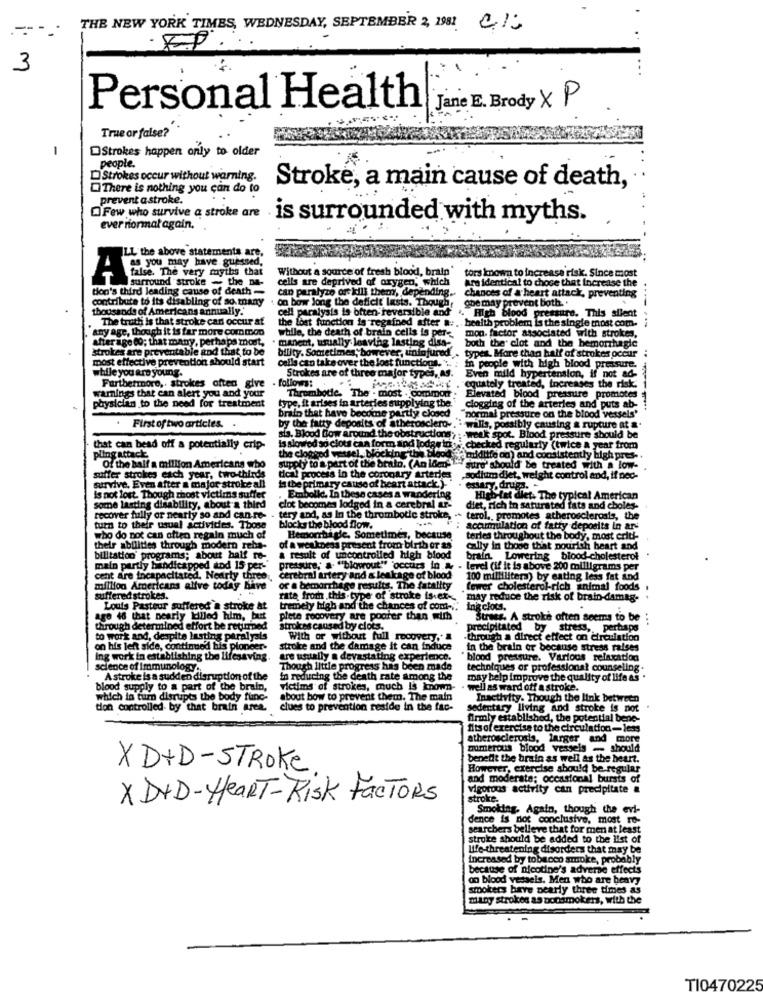
THE NEW YORK TIMES, WEDNESDAY, SEPTEMBER 2, 1981 013
E.P.
3
Personal Health
Jane E. Brody XP
True or false?
Strokes happen only to older
people.
D'Strokes occur without warning.
There is nothing you can do to
Stroke, a main cause of death,
prevent a stroke.
Few who survive a stroke are
is surrounded with myths.
ever riormat again.
LL the above statements are.
false. The very myths that
Without a source of fresh blood, brain'
you may have guessed,
surround "stroke - the na-
cells are deprived of oxygen, which
tors known to increase risk. Since most
Jon's third leading cause of death -
can paralyze or kill them, depending ..
Are identical to chose that Increase the
contribute to its disabling of so.many
on bow Jong the deficit lasts. Though,
goe may prevent both. .
chances of a heart attack, preventing
thousands of Americans annually.'
The truth is that stroke can occur af
the lost function is regained after a :, health problem is the single most com.
cell paralysis is often reversible and .. High blood pressure. This silent
-----
any age, though it is far more common
while, the death of brain cells is per-
after age 60; that many, perhaps most,
manent, usually leaving lasting diss-
mon. factor associated with strokes.
strokes are preventable and that to be
bility. Sometimes; bowever, uninjured.
both the clot and the hemorrhagic
most effective prevention should start
types. More than half of strokes occur
while you are young.
cells can take over the lost functions. .. . in people with high blood pressure.
follows:
Strokes are of three major types, AS.
Even mild hypertension, if not ad-
warnings that can alert you and your
Furthermore, strokes often give
equately treated, increases the risk.
physician to the need for treatment
type, it arises in arteries supplying the."
Thrombotic. The . most . common
Elevated blood pressure promotes
brain that have become partly closed
clogging of the arterles and puts ab-
normal pressure on the blood vessels'
. First of two articles.
by the fatty deposits of atherosclero -. - walls, possibly causing & rupture at a.
sis. Blood Bow around the obstructions, : - week spot. Blood pressure should be
that can bead off a potentially crip-
the clogged vessel, block
Is slowed so clou caa form and lodas iny
ind Todas in ye
Checked regularly (twice a year from
pling attack
Ing the blood midlife on) and consistently high pres -.
Of the half a million Americans who
supply to a part of the bralo. (An loen " sure should be treated with a low-
suffer strokes each year, two-thirds
tical process in the coronary arteries
Sodium diet, weight control and, if ned-
survive. Even after a major stroke all
to the primary cause of heart attack )-
estary, drugs .-
is not lost. Though mhost victims suffer
Embolid. In these cases a wandering
Histefat diet. The typical American
some lasting disability, about a third
clot becomes lodged in a cerebral ar-
diet, rich in saturated fats and cboles-
recover fully or nearty so and can re- - tery and, as In the thrombotic stroke, ..
turn to their usual activities. Those
blocks the blood flow.
accumulation of fatty deposits in ar-
who do not can often regain much of
Hemorrhage. Sometimes, because
terles throughout the body, most erit-
their abilities through modern reba-
of a weakness present from birth or as
Cally in those that nourish heart and
bilitation' programs; about half re-
about half re-
a result of uncontrolled high blood
brain. Lowering blood-cholesterol
main partly handicapped and 15 per-
pressure, a. ""blowout" 'occurs in a - level (if it is above 200 milligrams per
cent are incapacitated. Nearly three.
cerebral artery and & leakage of blood
100 milliliters) by eating less fat and
million Americans alive today have
or a bemorrhage results. The fatality
fewer cholesterol-rich animal foods
suffered strokes.
rate from this type of stroke is.et-
may reduce the risk of brain-damag- .
Louis Pasteur suffered a stroke at
tremely high and the chances of comt-""
ing clots.
age 46 that nearly killed him, but
plete recovery are poorer then with
Straes. A stroke often seems to be
through determined effort be returned
strokes caused by clots.
precipitated by stress, perhaps
to work and, despite lasting paralyals
With or without full recovery .!
-through a direct effect on circulation
on his left side, continued his pioneer-
stroke and the damage it can induce
in the brain or because stress raises
Ing work in establishing the lifesaving.
are usually a devastating experience.
blood pressure. Various relaxation
science of Immunology4
Though little progress has been made
techniques or professional counseling.
A stroke is a sudden disruption of the
In reducing the death rate among the
may help improve the quality of life as
blood supply to a part of the brain,
victims of strokes, much Is known-
well as ward off a stroke.
which in turn disrupts the body func-
about bow to prevent them. The main
Inactivity. Though the link between
tion controlled by that brain area.
clues to prevention reside in the fac-
Sedentary living and stroke is not
firmly established, the potential bene-
fits of exercise to the circulation- less
atherosclerosis, larger and more
primerous blood vessels - should
benefit the brain as well as the heart.
XD+D-STROKE
However, exercise should be regular
and moderate; occasional bursts of
vigorous activity can precipitate &
X DVD - HeaRT - Risk Factors
stroke-
Smoking. Again, though the evi-
dence is not conclusive, most re-
searchers believe that for men at least
stroke should be added to the list of
Life-threatening disorders that may be
increased by tobacco smoke, probably
because of nicotine's adverse effects
on blood vessels. Men who are heavy
smokers bave nearly three times as
many strokes as ponsmokers, with the
TI0470225